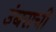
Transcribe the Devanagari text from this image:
उंबराची